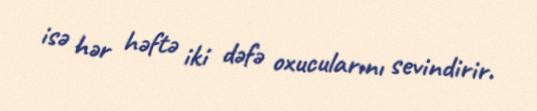
isə hər həftə iki dəfə oxucularını sevindirir.